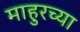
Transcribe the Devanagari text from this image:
माहुरच्या